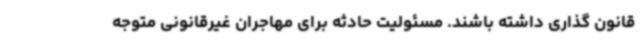
قانون گذاری داشته باشند. مسئولیت حادثه برای مهاجران غیرقانونی متوجه